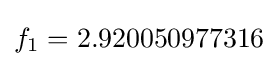
f_{1}=2.920050977316